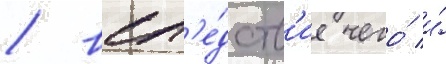
/ всл'е́дств'ие чего́ и́